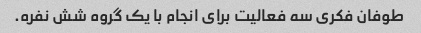
طوفان فکری سه فعالیت برای انجام با یک گروه شش نفره.